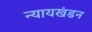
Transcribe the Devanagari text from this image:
न्यायखंडन